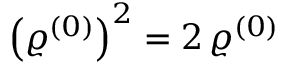
{ \left( \varrho ^ { ( 0 ) } \right) ^ { 2 } = 2 \, \varrho ^ { ( 0 ) } }